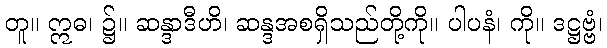
တူ။ ဣဓ၊ ၌။ ဆန္ဒာဒီဟိ၊ ဆန္ဒအစရှိသည်တို့ကို။ ပါပနံ၊ ကို။ ဒဋ္ဌဗ္ဗံ၊